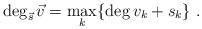
LaTeX: \begin{align*} \deg_{\vec{s}} \vec{v} = \max_k \{ \deg v_k + s_k \} \ . \end{align*}